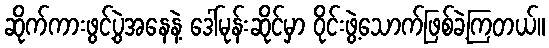
ဆိုက်ကားဖွင့်ပွဲအနေနဲ့ ဒေါ်မုန်းဆိုင်မှာ ဝိုင်းဖွဲ့သောက်ဖြစ်ခဲ့ကြတယ်။